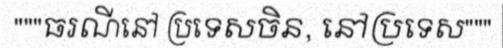
"""ធរណីនៅ ប្រទេសចិន, នៅប្រទេស"""